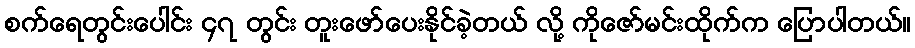
စက်ရေတွင်းပေါင်း ၄၇ တွင်း တူးဖော်ပေးနိုင်ခဲ့တယ် လို့ ကိုဇော်မင်းထိုက်က ပြောပါတယ်။